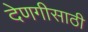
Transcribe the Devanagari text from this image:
देणगीसाठी